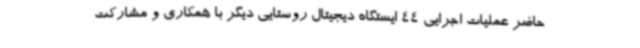
حاضر عملیات اجرایی 44 ایستگاه دیجیتال روستایی دیگر با همکاری و مشارکت